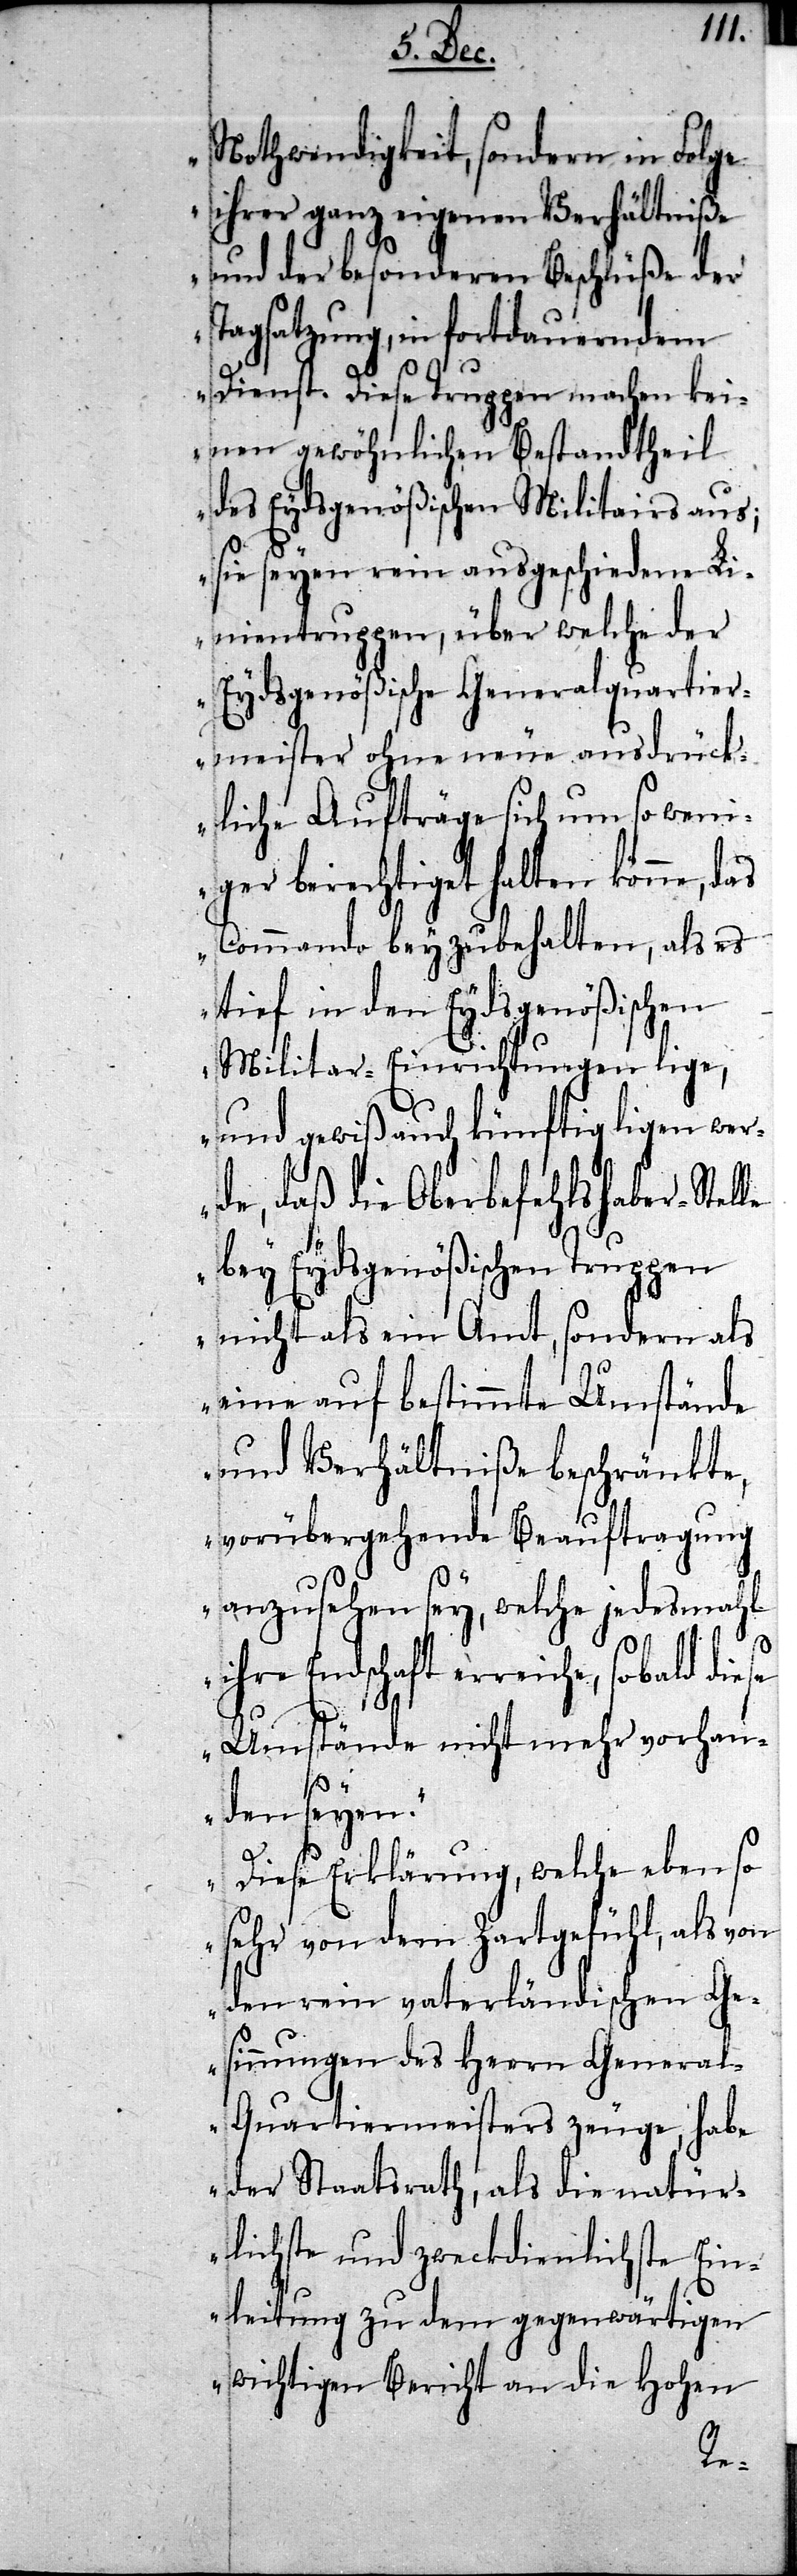
Nothwendigkeit, sondern in Folge
ihrer ganz eigenen Verhältniße
und der besonderen Beschlüße der
Tagsatzung, in fortdauerndem
Dienst. Diese Truppen machen kei¬
nen gewöhnlichen Bestandteil
des Eydsgenößischen Militairs aus;
sie seyen rein ausgeschiedene Li¬
nientruppen, über welche der
Eydsgenößische Generalquartier¬
meister ohne neue ausdrück¬
liche Aufträge sich um so wen¬
iger berechtiget halten könne,
Commando beyzubehalten, als es
tief in den Eydsgenößischen
Militar-Einrichtungen lige,
und gewiß auch künftig ligen wer¬
de, daß die Oberbefehlshaber-Stel¬
bey Eydsgenößischen Truppen
nicht als ein Amt, sondern als
eine auf bestimmte Umstände
und Verhältniße beschränkte,
vorübergehende Beauftragung
anzusehen sey, welche jedesmahl
Endschaft erreiche, sobald die¬
se Umstände nicht mehr vorhan¬
den seyen.“
Diese Erklärung, welche eben so
sehr von dem Zartgefühl, als von
den rein vaterländischen Ge¬
sinnungen des Herrn Genera¬
l-Quartiermeisters zeuge, habe
der Staatsrath, als die natür¬
lichste und zweckdienlichste Ein¬
leitung zu dem gegenwärtigen
wichtigen Bericht an die Hohen
le